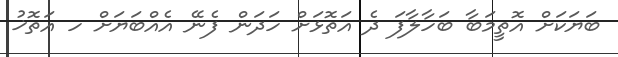
ބަޔަކަށް އޮތީމަބާ ބަހާލާފަ ދެ އަތޮޅަށް ހަދަން ފެނޭ އެއްބަޔަށް ހ އަތޮޚު